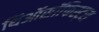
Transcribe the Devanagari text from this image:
थिऑसॉफिस्ट्स